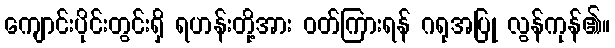
ကျောင်းပိုင်းတွင်းရှိ ရဟန်းတို့အား ဝတ်ကြားရန် ဂရုအပြု လွန်ကုန်၏။